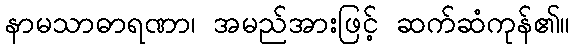
နာမသာဓာရဏာ၊ အမည်အားဖြင့် ဆက်ဆံကုန်၏။